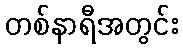
တစ်နာရီအတွင်း